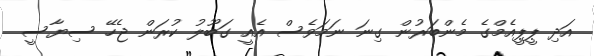
އަދި ޕީޕީއެމްގެ މެންބަރުން ގިނަ ނަމަވެސް އެއީ ގަބޫލު ކުރަން ޖެހޭ ސިޔާސީ